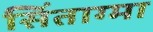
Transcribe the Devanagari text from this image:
सिंताग्मा